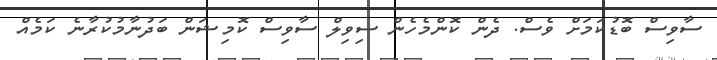
ސާވިސް ބޮޑުކަމަށް ވެސް. ދެން ކޮންމެހެން ސިވިލް ސާވިސް ކޮމިޝަން ބަދުނާމުކުރާނެ ކަމެއް